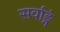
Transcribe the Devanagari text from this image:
सर्वाङ्गं